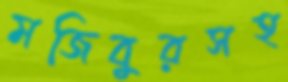
মজিবুরসহ